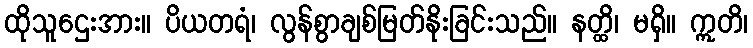
ထိုသူဌေးအား။ ပိယတရံ၊ လွန်စွာချစ်မြတ်နိုးခြင်းသည်။ နတ္ထိ၊ မရှိ။ ဣတိ၊